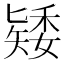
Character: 𥏶